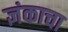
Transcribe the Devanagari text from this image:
ज्ञंकाचा